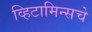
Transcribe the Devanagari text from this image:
व्हिटामिन्‍सचे